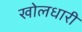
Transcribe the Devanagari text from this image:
खोलधारी